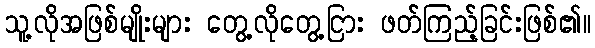
သူ့လိုအဖြစ်မျိုးများ တွေ့လိုတွေ့ငြား ဖတ်ကြည့်ခြင်းဖြစ်၏။